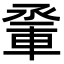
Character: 𨋬